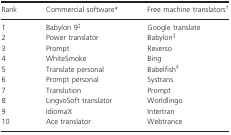
<table><thead><tr><td><b>Rank</b></td><td><b>Commercial softwarea</b></td><td><b>Free machine translatorsb</b></td></tr></thead><tbody><tr><td>1</td><td>Babylon 9c</td><td>Google translate</td></tr><tr><td>2</td><td>Power translator</td><td>Babylonc</td></tr><tr><td>3</td><td>Prompt</td><td>Reverso</td></tr><tr><td>4</td><td>WhiteSmoke</td><td>Bing</td></tr><tr><td>5</td><td>Translate personal</td><td>Babelfishd</td></tr><tr><td>6</td><td>Prompt personal</td><td>Systrans</td></tr><tr><td>7</td><td>Translution</td><td>Prompt</td></tr><tr><td>8</td><td>LingvoSoft translator</td><td>Worldlingo</td></tr><tr><td>9</td><td>IdiomaX</td><td>Intertran</td></tr><tr><td>10</td><td>Ace translator</td><td>Webtrance</td></tr></tbody></table>